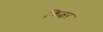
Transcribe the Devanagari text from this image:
किल्चर